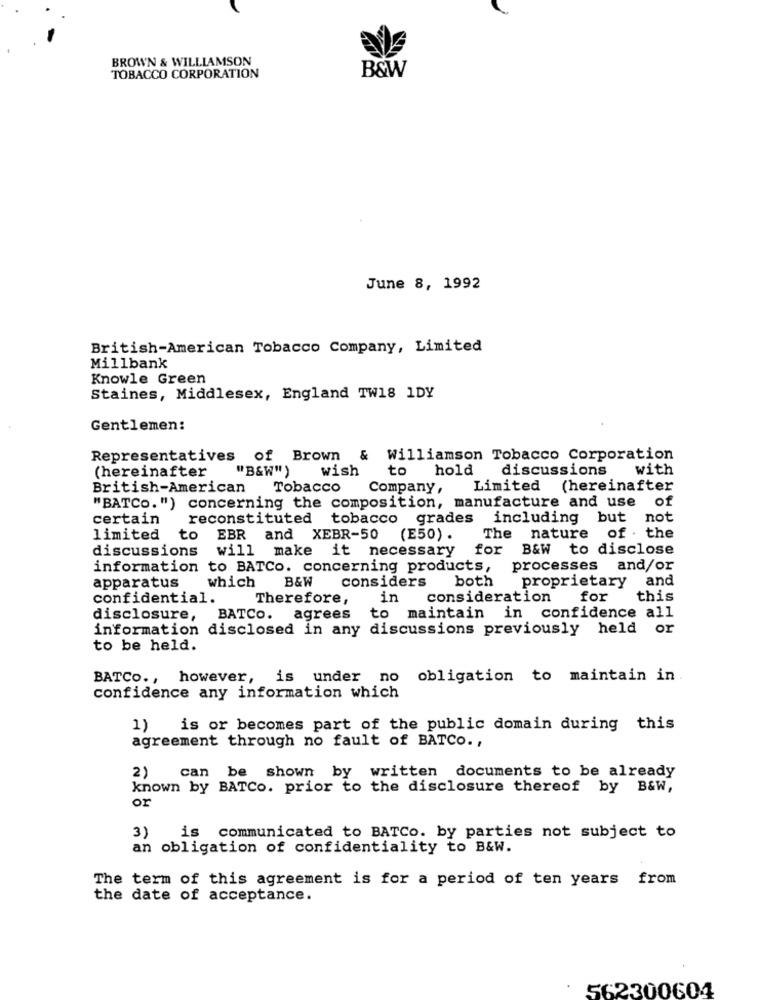
BROWN & WILLIAMSON
TOBACCO CORPORATION
B&W
June 8, 1992
British-American Tobacco Company, Limited
Millbank
Knowle Green
Staines, Middlesex, England TW18 1DY
Gentlemen:
Representatives of Brown & Williamson Tobacco Corporation
(hereinafter
"B&W")
wish
to
hold
discussions
with
British-American
Tobacco
Company,
Limited (hereinafter
"BATCO. ") concerning the composition, manufacture and use of
certain
reconstituted tobacco grades
including but not
limited
to
EBR and XEBR-50
(E50) .
The nature of . the
discussions
will make it
necessary for B&W to disclose
information to BATCo. concerning products,
processes and/or
apparatus
which
B&W
both
proprietary and
considers
confidential.
Therefore,
in
consideration
for
this
disclosure,
BATCO.
agrees
to maintain in confidence all
information disclosed in any discussions previously held or
to be held.
BATCO .,
however,
is under no obligation to maintain in
confidence any information which
1) is or becomes part of the public domain during this
agreement through no fault of BATCO .,
2)
can be shown by written documents to be already
known by BATCo. prior to the disclosure thereof by B&W,
or
3)
is communicated to BATCo. by parties not subject to
an obligation of confidentiality to B&W.
The term of this agreement is for a period of ten years from
the date of acceptance.
.
562300604